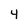
Character: 4